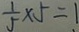
\frac { 1 } { 5 } \times 5 = 1